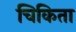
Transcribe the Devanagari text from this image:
चिकिता